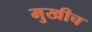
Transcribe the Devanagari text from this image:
मुखीच